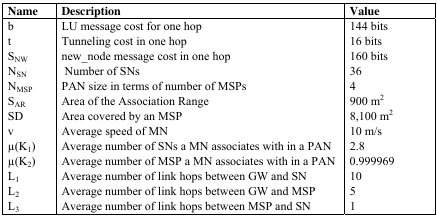
<table><thead><tr><td><b>Name</b></td><td><b>Description</b></td><td><b>Value</b></td></tr></thead><tbody><tr><td>b</td><td>LU message cost for one hop</td><td>144 bits</td></tr><tr><td>t</td><td>Tunneling cost in one hop</td><td>16 bits</td></tr><tr><td>S<sub>NW</sub></td><td>new_node message cost in one hop</td><td>160 bits</td></tr><tr><td>N<sub>SN</sub></td><td>Number of SNs</td><td>36</td></tr><tr><td>N<sub>MSP</sub></td><td>PAN size in terms of number of MSPs</td><td>4</td></tr><tr><td>S<sub>AR</sub></td><td>Area of the Association Range</td><td>900 m<sup>2</sup></td></tr><tr><td>SD</td><td>Area covered by an MSP</td><td>8,100 m<sup>2</sup></td></tr><tr><td>v</td><td>Average speed of MN</td><td>10 m/s</td></tr><tr><td>μ(K<sub>1</sub>)</td><td>Average number of SNs a MN associates with in a PAN</td><td>2.8</td></tr><tr><td>μ(K<sub>2</sub>)</td><td>Average number of MSP a MN associates with in a PAN</td><td>0.999969</td></tr><tr><td>L<sub>1</sub></td><td>Average number of link hops between GW and SN</td><td>10</td></tr><tr><td>L<sub>2</sub></td><td>Average number of link hops between GW and MSP</td><td>5</td></tr><tr><td>L<sub>3</sub></td><td>Average number of link hops between MSP and SN</td><td>1</td></tr></tbody></table>